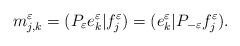
LaTeX: \begin{align*}m_{j,k}^\varepsilon = (P_\varepsilon e_k^\varepsilon |f_j^\varepsilon)=(e_k^\varepsilon |P_{-\varepsilon }f_j^\varepsilon ).\end{align*}